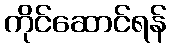
ကိုင်ဆောင်ရန်